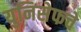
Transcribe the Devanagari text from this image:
युनिसेफचे